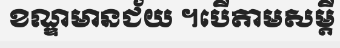
ខណ្ឌមានជ័យ ។បើតាមសម្តី